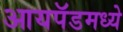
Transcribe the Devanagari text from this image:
आयपॅडमध्ये